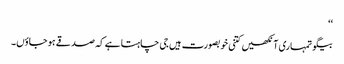
‘‘
بیگو تمہاری آنکھیں کتنی خوبصورت ہیں جی چاہتا ہے کہ صدقے ہو جاؤں۔